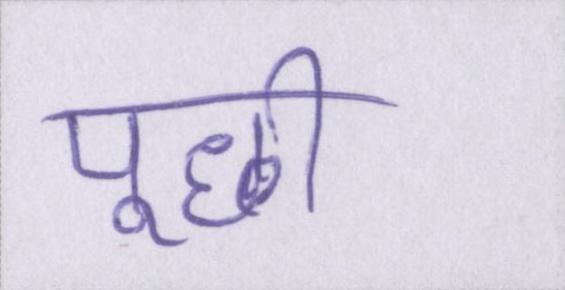
पूछी